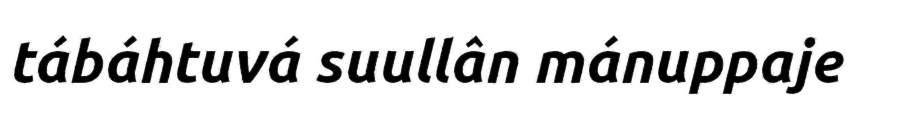
tábáhtuvá suullân mánuppaje